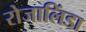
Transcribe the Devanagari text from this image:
रोजालिंडा